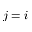
j = i